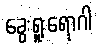
ခွေးရူးရောဂါ